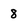
Character: 8